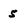
Character: 5